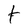
Character: t